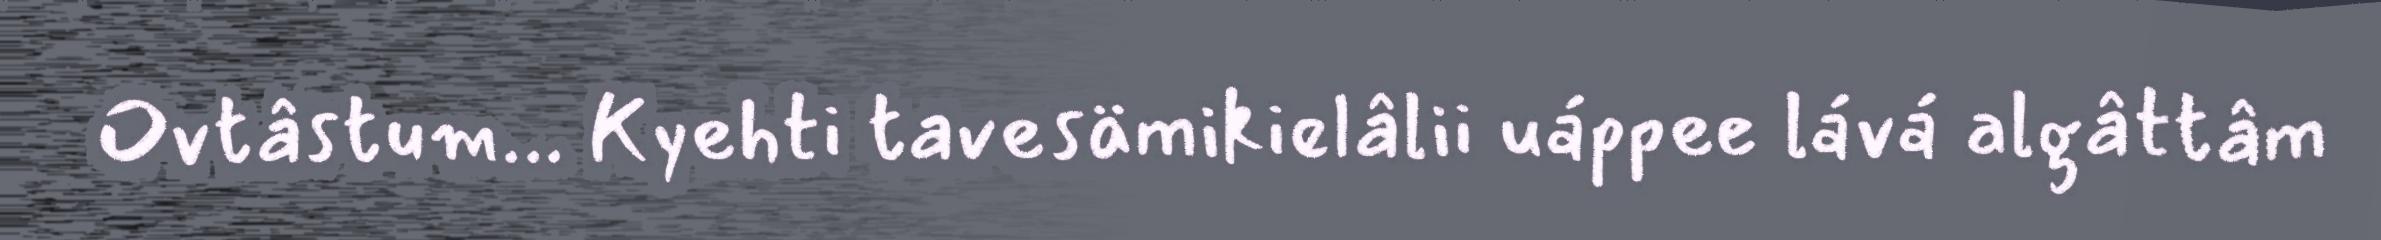
Ovtâstum... Kyehti tavesämikielâlii uáppee lává algâttâm